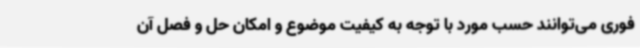
فوری می‌توانند حسب مورد با توجه به کیفیت موضوع و امکان حل و فصل آن